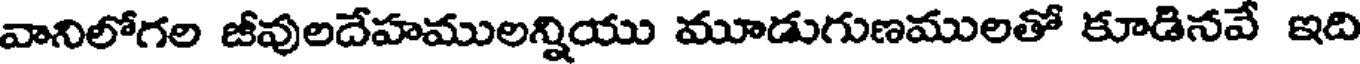
వానిలోగల జీవులదేహములన్నియు మూడుగుణములతో కూడినవే ఇది